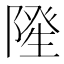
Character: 𮥓